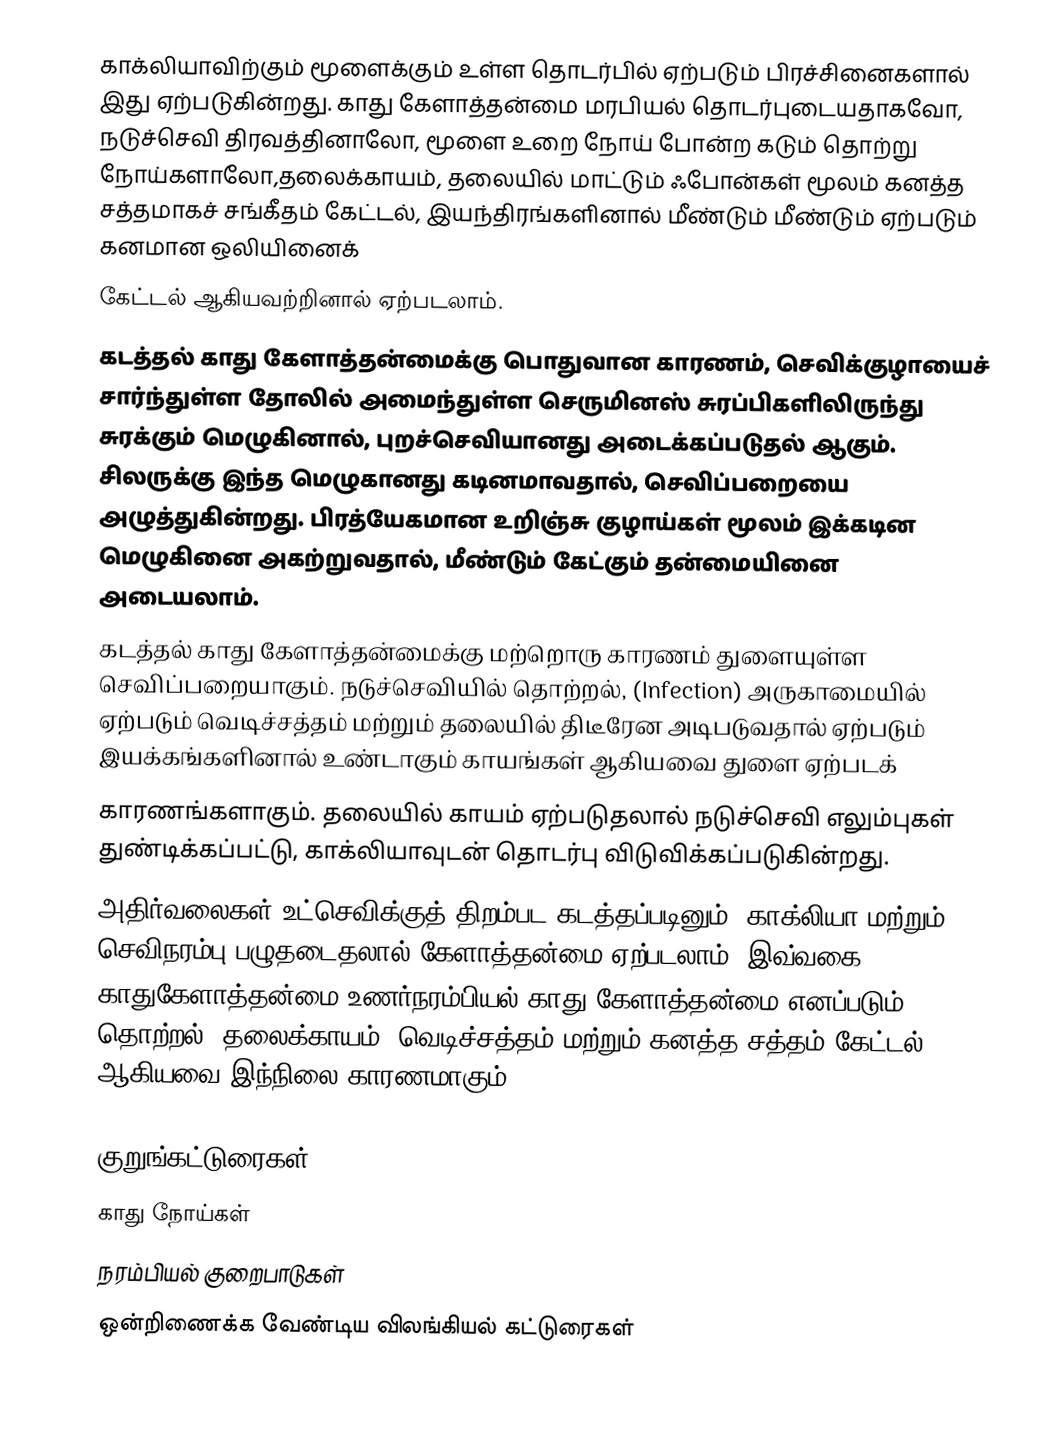
காக்லியாவிற்கும் மூளைக்கும் உள்ள தொடர்பில் ஏற்படும் பிரச்சினைகளால் இது ஏற்படுகின்றது. காது கேளாத்தன்மை மரபியல் தொடர்புடையதாகவோ, நடுச்செவி திரவத்தினாலோ, மூளை உறை நோய் போன்ற கடும் தொற்று நோய்களாலோ,தலைக்காயம், தலையில் மாட்டும் ஃபோன்கள் மூலம் கனத்த சத்தமாகச் சங்கீதம் கேட்டல், இயந்திரங்களினால் மீண்டும் மீண்டும் ஏற்படும் கனமான ஒலியினைக்
கேட்டல் ஆகியவற்றினால் ஏற்படலாம்.
கடத்தல் காது கேளாத்தன்மைக்கு பொதுவான காரணம், செவிக்குழாயைச் சார்ந்துள்ள தோலில் அமைந்துள்ள செருமினஸ் சுரப்பிகளிலிருந்து சுரக்கும் மெழுகினால், புறச்செவியானது அடைக்கப்படுதல் ஆகும். சிலருக்கு இந்த மெழுகானது கடினமாவதால், செவிப்பறையை அழுத்துகின்றது. பிரத்யேகமான உறிஞ்சு குழாய்கள் மூலம் இக்கடின மெழுகினை அகற்றுவதால், மீண்டும் கேட்கும் தன்மையினை அடையலாம்.
கடத்தல் காது கேளாத்தன்மைக்கு மற்றொரு காரணம் துளையுள்ள செவிப்பறையாகும். நடுச்செவியில் தொற்றல், (Infection) அருகாமையில் ஏற்படும் வெடிச்சத்தம் மற்றும் தலையில் திடீரேன அடிபடுவதால் ஏற்படும் இயக்கங்களினால் உண்டாகும் காயங்கள் ஆகியவை துளை ஏற்படக்
காரணங்களாகும். தலையில் காயம் ஏற்படுதலால் நடுச்செவி எலும்புகள் துண்டிக்கப்பட்டு, காக்லியாவுடன் தொடர்பு விடுவிக்கப்படுகின்றது.
அதிர்வலைகள் உட்செவிக்குத் திறம்பட கடத்தப்படினும், காக்லியா மற்றும் செவிநரம்பு பழுதடைதலால் கேளாத்தன்மை ஏற்படலாம். இவ்வகை காதுகேளாத்தன்மை உணர்நரம்பியல் காது கேளாத்தன்மை எனப்படும். தொற்றல், தலைக்காயம், வெடிச்சத்தம் மற்றும் கனத்த சத்தம் கேட்டல் ஆகியவை இந்நிலை காரணமாகும்.

குறுங்கட்டுரைகள்
காது நோய்கள்
நரம்பியல் குறைபாடுகள்
ஒன்றிணைக்க வேண்டிய விலங்கியல் கட்டுரைகள்